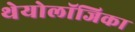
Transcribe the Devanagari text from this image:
थेयोलॉजिका